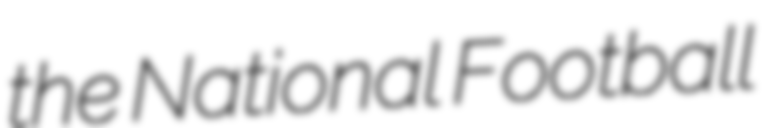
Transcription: the National Football